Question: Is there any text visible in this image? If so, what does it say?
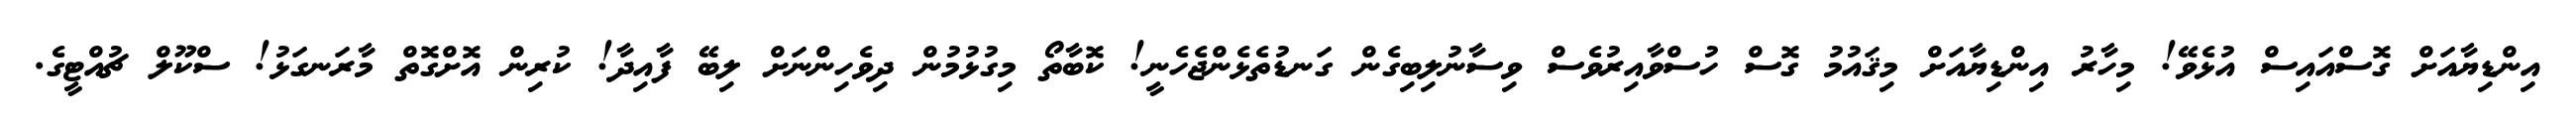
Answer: އިންޑިޔާއަށް ގޮސްއައިސް އުޅެވޭ! މިހާރު އިންޑިޔާއަށް މިޤައުމު ގޮސް ހުސްވާއިރުވެސް ވިސާނުލިބިގެން ގަނޑުތެޅެންޖެހެނީ! ކޮބާތޯ މިގުޅުމުން ދިވެހިންނަށް ލިބޭ ފާއިދާ! ކުރިން އޮށްގޮތް މާރަނގަޅު! ސްކޫލް ޗުއްޓީގެ.